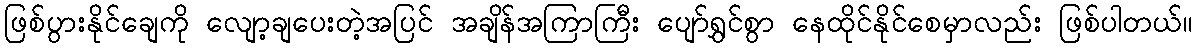
ဖြစ်ပွားနိုင်ချေကို လျော့ချပေးတဲ့အပြင် အချိန်အကြာကြီး ပျော်ရွှင်စွာ နေထိုင်နိုင်စေမှာလည်း ဖြစ်ပါတယ်။